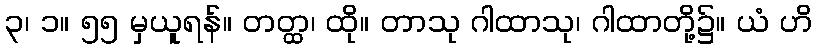
၃၊ ၁။ ၅၅ မှယူရန်။ တတ္ထ၊ ထို။ တာသု ဂါထာသု၊ ဂါထာတို့၌။ ယံ ဟိ